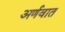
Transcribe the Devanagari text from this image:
अर्णवात